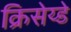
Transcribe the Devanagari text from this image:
क्रिसेय्डे